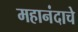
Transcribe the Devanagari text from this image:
महानंदाचे